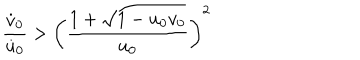
LaTeX: \frac { \dot { v } _ { 0 } } { \dot { u } _ { 0 } } > \left( \frac { 1 + \sqrt { 1 - u _ { 0 } v _ { 0 } } } { u _ { 0 } } \right) ^ { 2 }